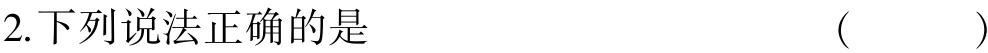
2.下列说法正确的是  (  )